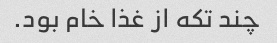
چند تکه از غذا خام بود.